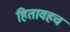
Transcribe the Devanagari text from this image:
हितावहच